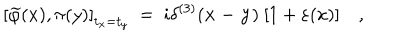
LaTeX: \left[ \widetilde \varphi ( x ) , \pi ( y ) \right] _ { t _ { x } = t _ { y } } ~ = ~ i \delta ^ { ( 3 ) } ( { \bf x - y } ) ~ [ 1 + \varepsilon ( x ) ] \quad , { \phantom { + \eta ( y ) + \varepsilon ( x ) ~ \eta ( y ) } }